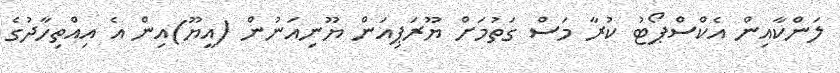
ލަންކާއިން އެކްސްޕޯޓު ކުރާ މަސް ގަތުމަށް ޔޫރަޕިއަން ޔޫނިއަނުން (އީޔޫ)އިން އެ އިއްތިހާދުގެ